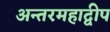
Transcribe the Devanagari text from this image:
अन्तरमहाद्वीप